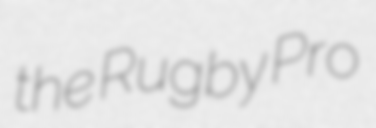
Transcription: the Rugby Pro